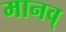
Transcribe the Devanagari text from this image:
मानव्